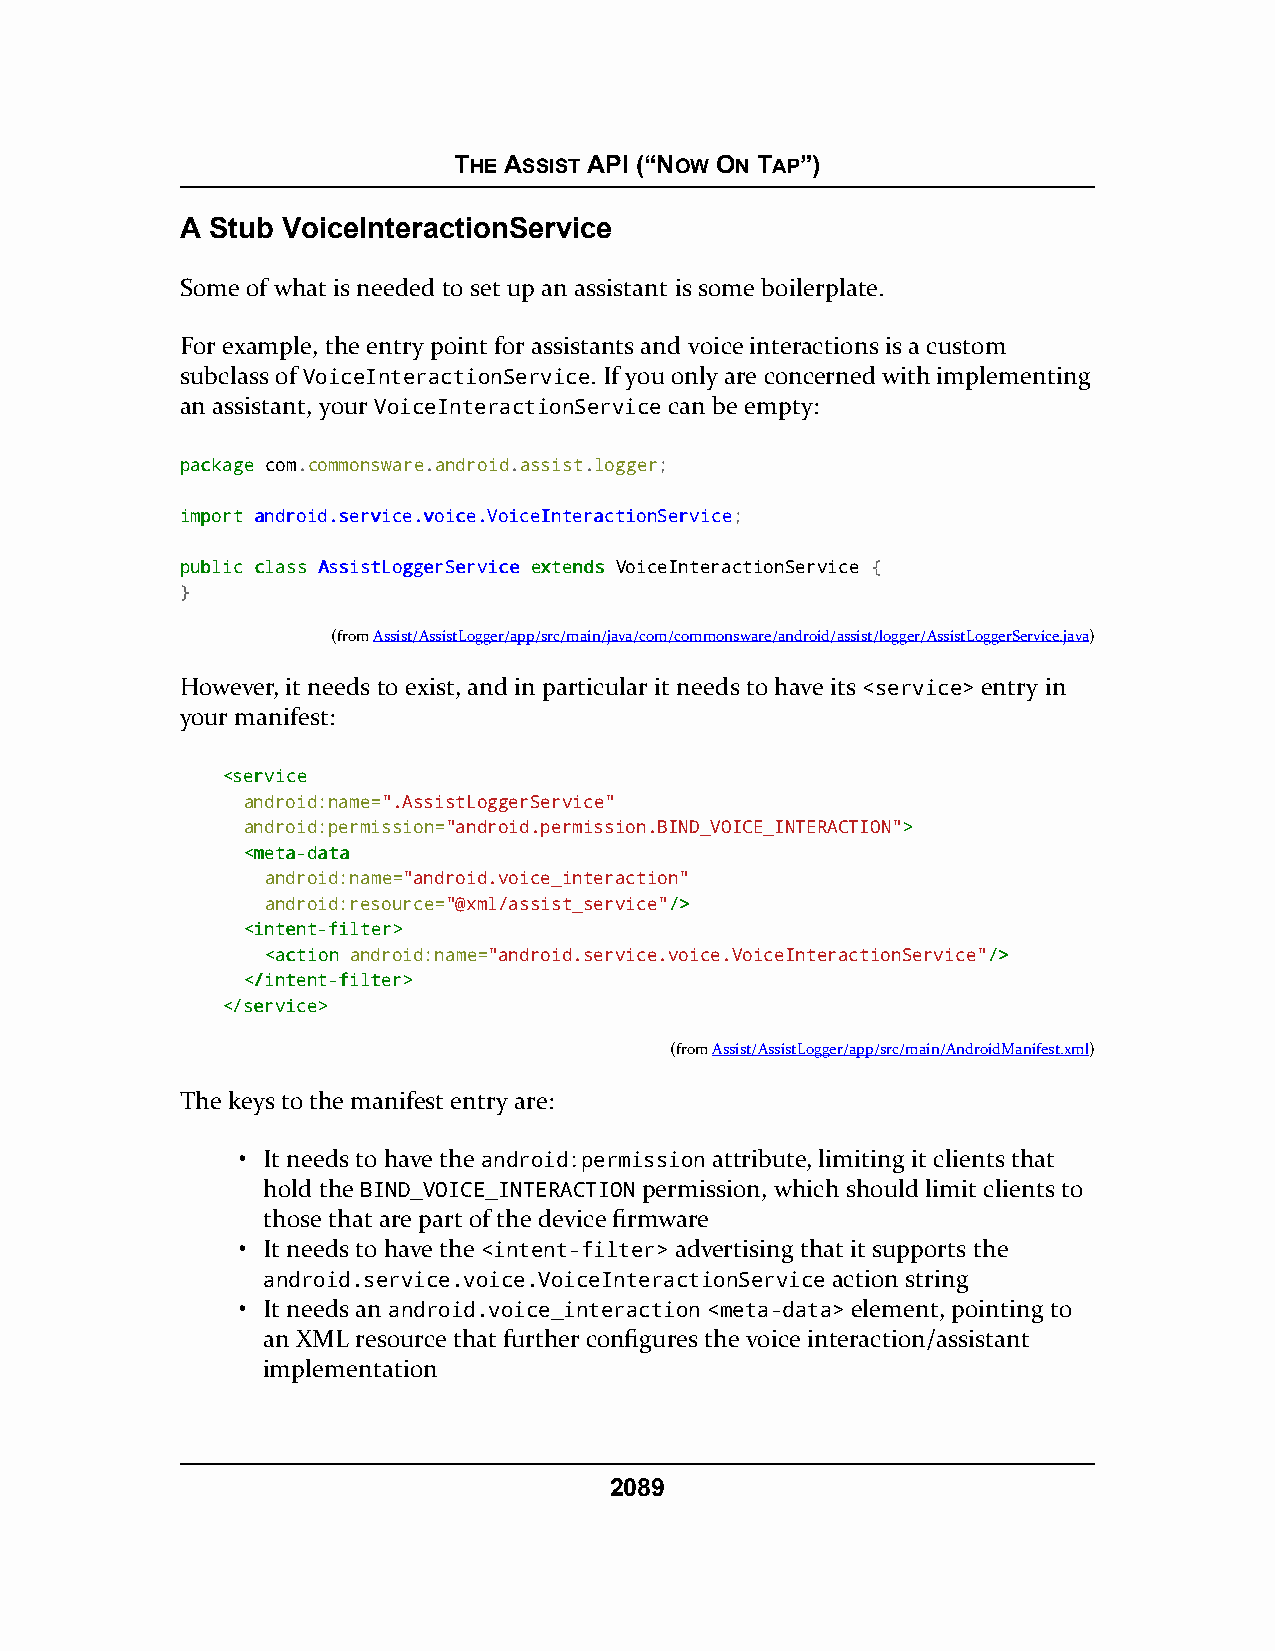
THE ASSIST API (“NOW ON TAP”)
 A Stub VoiceInteractionService
 Some of what is needed to set up an assistant is some boilerplate.
 For example, the entry point for assistants and voice interactions is a custom
 subclass of VoiceInteractionService. If you only are concerned with implementing
 an assistant, your VoiceInteractionService can be empty:
 ppaacckkaaggee com.commonsware.android.assist.logger;
 iimmppoorrtt aannddrrooiidd..sseerrvviiccee..vvooiiccee..VVooiicceeIInntteerraaccttiioonnSSeerrvviiccee;
 ppuubblliicc ccllaassss AAssssiissttLLooggggeerrSSeerrvviiccee eexxtteennddss VoiceInteractionService {
 }
 (fromAssist/AssistLogger/app/src/main/java/com/commonsware/android/assist/logger/AssistLoggerService.java)
 However, it needs to exist, and in particular it needs to have its <service> entry in
 your manifest:
 <<sseerrvviiccee
 android:name=".AssistLoggerService"
 android:permission="android.permission.BIND_VOICE_INTERACTION">>
 <<mmeettaa--ddaattaa
 android:name="android.voice_interaction"
 android:resource="@xml/assist_service"//>>
 <<iinntteenntt--ffiilltteerr>>
 <<aaccttiioonn android:name="android.service.voice.VoiceInteractionService"//>>
 <<//iinntteenntt--ffiilltteerr>>
 <<//sseerrvviiccee>>
 (fromAssist/AssistLogger/app/src/main/AndroidManifest.xml)
 The keys to the manifest entry are:
 • It needs to have the android:permission attribute, limiting it clients that
 hold the BIND_VOICE_INTERACTION permission, which should limit clients to
 those that are part of the device firmware
 • It needs to have the <intent-filter> advertising that it supports the
 android.service.voice.VoiceInteractionService action string
 • It needs an android.voice_interaction <meta-data> element, pointing to
 an XML resource that further configures the voice interaction/assistant
 implementation
 2089